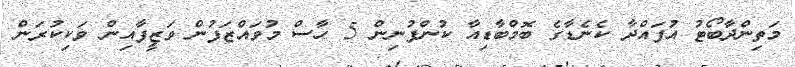
މަތިންދާބޯޓު އުފައްދާ ކެނެޑާގެ ބޮމްބާޑިއާ ކުންފުނިން 5 ހާސް މުވައްޒަފުން ވަޒީފާއިން ވަކިކުރަން